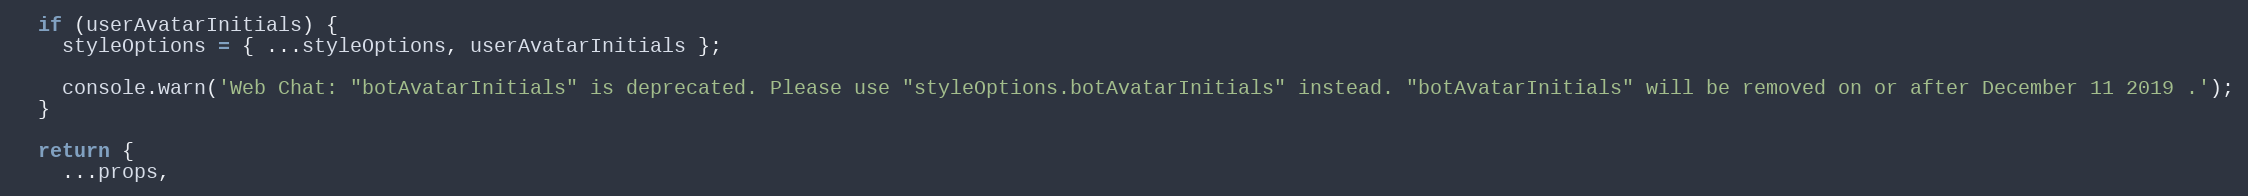
Language: JavaScript
  if (userAvatarInitials) {
    styleOptions = { ...styleOptions, userAvatarInitials };

    console.warn('Web Chat: "botAvatarInitials" is deprecated. Please use "styleOptions.botAvatarInitials" instead. "botAvatarInitials" will be removed on or after December 11 2019 .');
  }

  return {
    ...props,